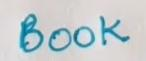
Book